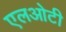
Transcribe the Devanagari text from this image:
एलओटी